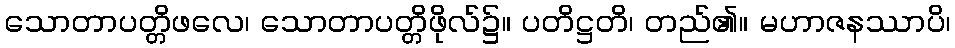
သောတာပတ္တိဖလေ၊ သောတာပတ္တိဖိုလ်၌။ ပတိဋ္ဌတိ၊ တည်၏။ မဟာဇနဿာပိ၊